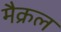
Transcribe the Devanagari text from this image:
मैक्रल